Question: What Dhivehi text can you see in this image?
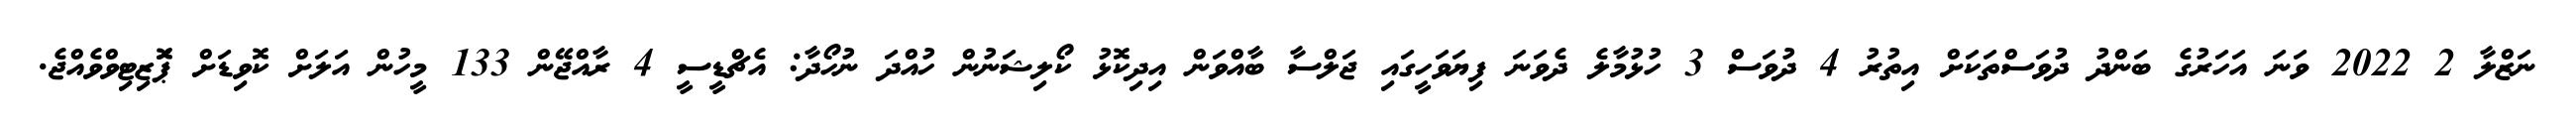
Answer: ނަޒްލާ 2 2022 ވަނަ އަހަރުގެ ބަންދު ދުވަސްތަކަށް އިތުރު 4 ދުވަސް 3 ހުޅުމާލެ ދެވަނަ ފިޔަވަހީގައި ޖަލްސާ ބާއްވަން އިދިކޮޅު ކޯލިޝަނުން ހުއްދަ ނުހޯދާ: އެޗްޑީސީ 4 ރާއްޖޭން 133 މީހުން އަލަށް ކޮވިޑަށް ޕަޮޒިޓިވްވެއްޖެ.